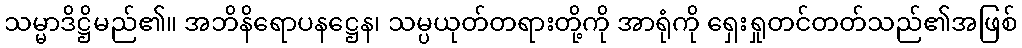
သမ္မာဒိဋ္ဌိမည်၏။ အဘိနိရောပနဋ္ဌေန၊ သမ္ပယုတ်တရားတို့ကို အာရုံကို ရှေးရှုတင်တတ်သည်၏အဖြစ်